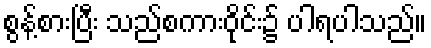
စွန့်စားပြီး သည်စကားဝိုင်း၌ ပါရပါသည်။